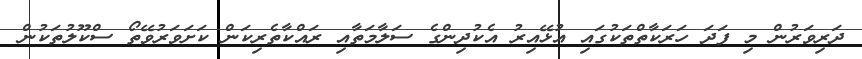
ދަރިވަރުން މި ފަދަ ހަރަކާތްތަކުގައި އުޅޭއިރު އެކުދިންގެ ސަލާމަތާއި ރައްކާތެރިކަން ކަށަވަރުވޭތޯ ސްކޫލުތަކުން